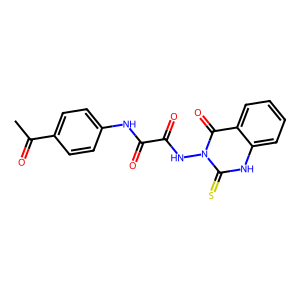
SMILES: CC(=O)c1ccc(NC(=O)C(=O)Nn2c(=S)[nH]c3ccccc3c2=O)cc1
Inhibits HIV replication: No